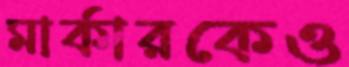
মার্কারকেও